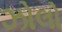
ઝોલો